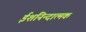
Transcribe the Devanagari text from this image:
ईशनिन्दात्मक